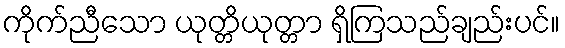
ကိုက်ညီသော ယုတ္တိယုတ္တာ ရှိကြသည်ချည်းပင်။